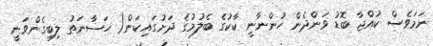
ނަމަވެސް ކުއްޖާ ބޮޑު ވަންދެން ހުންނާނީ ކާކުގެ ބެލުމުގެ ދަށުގައިކަން( ހަޟާނަތު ލިބިގެންވަނީ